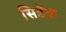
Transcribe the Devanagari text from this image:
सिडॅक